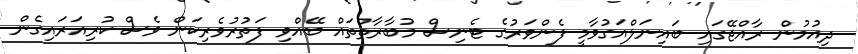
ދިއުމުން ރާއްޖޭގައި ބައިނަލްއަގުވާމީ ފެންވަރުގެ ޓެނިސް މުބާރާތްތައް ބޭއްވި ފަތުރުވެރިކަން ވެސް ކުރިއަރައިގެން